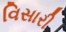
વિસારી